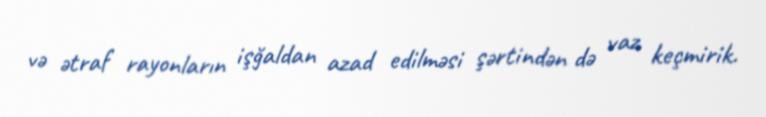
və ətraf rayonların işğaldan azad edilməsi şərtindən də vaz keçmirik.